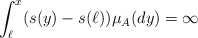
\begin{align*}\int_{\ell}^{x}(s(y)-s(\ell))\mu_A(dy) =\infty \end{align*}